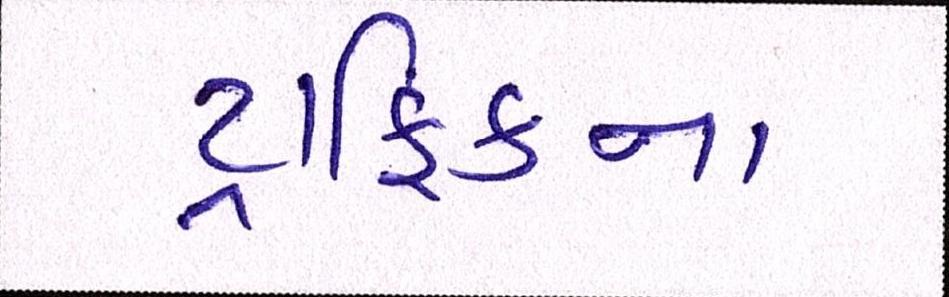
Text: ટ્રાફિકના